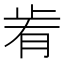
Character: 𣥯